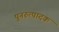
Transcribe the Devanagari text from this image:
पुनरुत्‍पादक